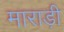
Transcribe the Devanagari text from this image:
माराड़ी